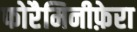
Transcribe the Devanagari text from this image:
फोरैमिनीफ़ेरा